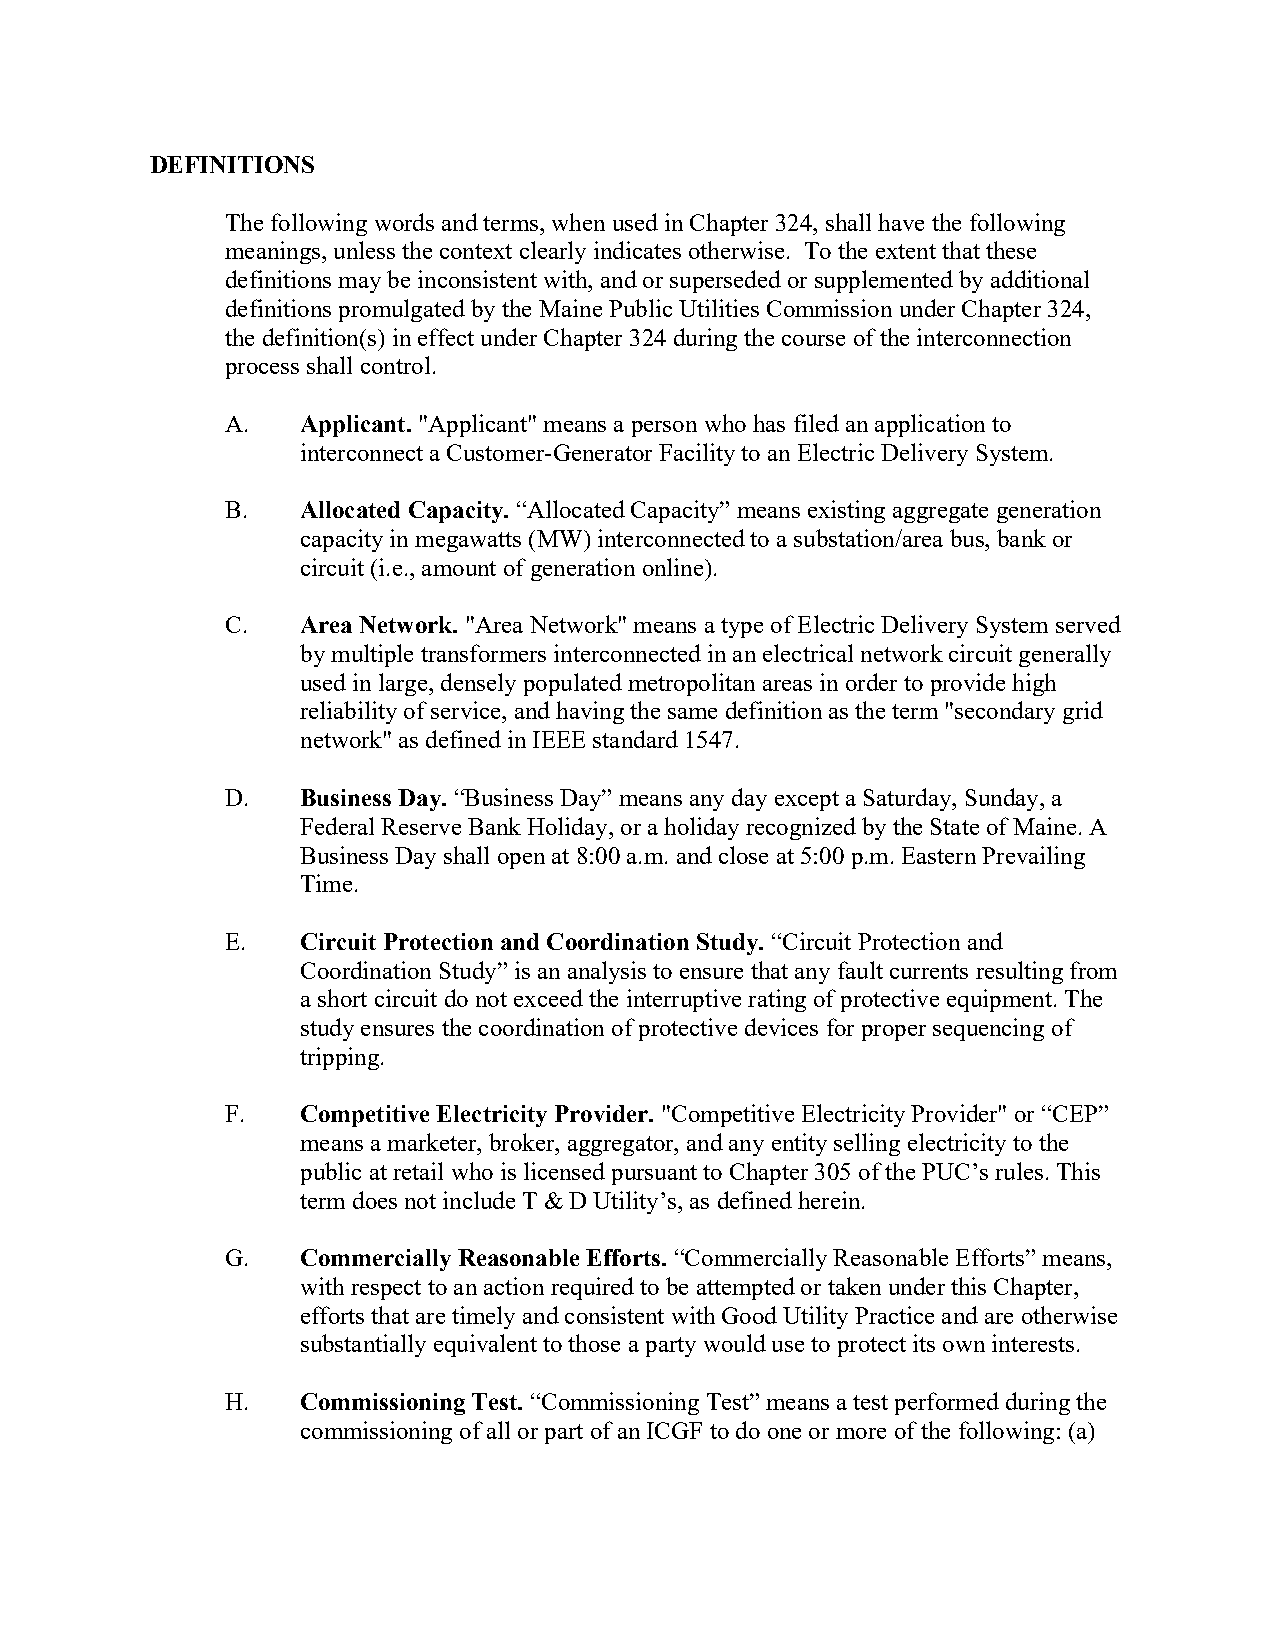
DEFINITIONS
 The following words and terms, when used in Chapter 324, shall have the following
 meanings, unless the context clearly indicates otherwise. To the extent that these
 definitions may be inconsistent with, and or superseded or supplemented by additional
 definitions promulgated by the Maine Public Utilities Commission under Chapter 324,
 the definition(s) in effect under Chapter 324 during the course of the interconnection
 process shall control.
 A.   Applicant. "Applicant" means a person who has filed an application to
 interconnect a Customer-Generator Facility to an Electric Delivery System.
 B.   Allocated Capacity. “Allocated Capacity” means existing aggregate generation
 capacity in megawatts (MW) interconnected to a substation/area bus, bank or
 circuit (i.e., amount of generation online).
 C.   Area Network. "Area Network" means a type of Electric Delivery System served
 by multiple transformers interconnected in an electrical network circuit generally
 used in large, densely populated metropolitan areas in order to provide high
 reliability of service, and having the same definition as the term "secondary grid
 network" as defined in IEEE standard 1547.
 D.   Business Day. “Business Day” means any day except a Saturday, Sunday, a
 Federal Reserve Bank Holiday, or a holiday recognized by the State of Maine. A
 Business Day shall open at 8:00 a.m. and close at 5:00 p.m. Eastern Prevailing
 Time.
 E.   Circuit Protection and Coordination Study. “Circuit Protection and
 Coordination Study” is an analysis to ensure that any fault currents resulting from
 a short circuit do not exceed the interruptive rating of protective equipment. The
 study ensures the coordination of protective devices for proper sequencing of
 tripping.
 F.   Competitive Electricity Provider. "Competitive Electricity Provider" or “CEP”
 means a marketer, broker, aggregator, and any entity selling electricity to the
 public at retail who is licensed pursuant to Chapter 305 of the PUC’s rules. This
 term does not include T & D Utility’s, as defined herein.
 G.   Commercially Reasonable Efforts. “Commercially Reasonable Efforts” means,
 with respect to an action required to be attempted or taken under this Chapter,
 efforts that are timely and consistent with Good Utility Practice and are otherwise
 substantially equivalent to those a party would use to protect its own interests.
 H.   Commissioning Test. “Commissioning Test” means a test performed during the
 commissioning of all or part of an ICGF to do one or more of the following: (a)